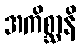
အကိစ္ဆာနိ